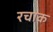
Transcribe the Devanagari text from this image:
रचाक